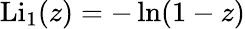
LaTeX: \operatorname{Li}_{1}(z)=-\ln(1-z)